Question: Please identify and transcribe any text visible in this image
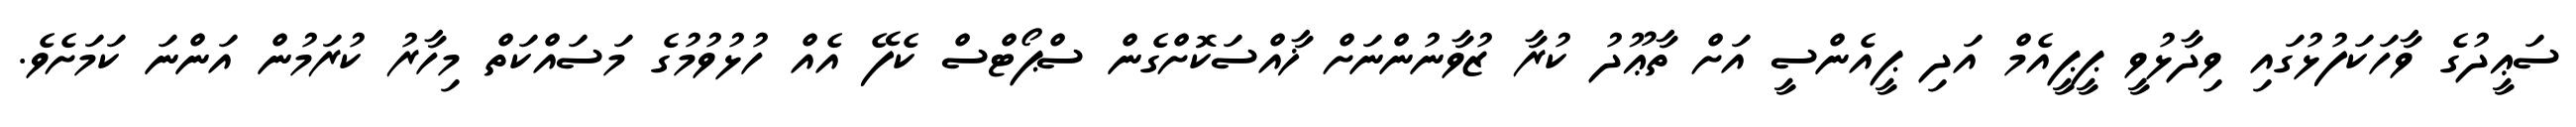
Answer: ސަޢީދުގެ ވާހަކަފުޅުގައި ވިދާޅުވީ ޕީޕީއެމް އަދި ޕީއެންސީ އަށް ތާޢޫދު ކުރާ ޒުވާނުންނަށް ޚާއްސަކޮށްގެން ސްޕޯޓްސް ކެފޭ އެއް ހުޅުވުމުގެ މަސައްކަތް މިހާރު ކުރަމުން އަންނަ ކަމަށެވެ.